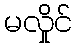
မလှိုင်